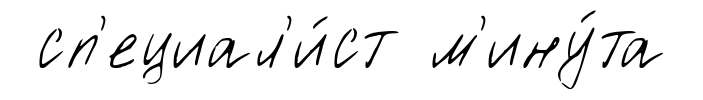
сп'ециал'и́ст м'ину́та